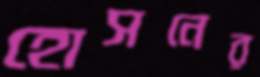
হোসনের